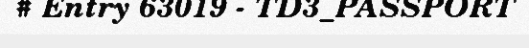
# Entry 63019 - TD3_PASSPORT